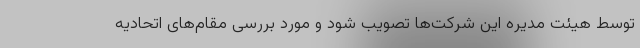
توسط هیئت مدیره این شرکت‌ها تصویب شود و مورد بررسی مقام‌های اتحادیه